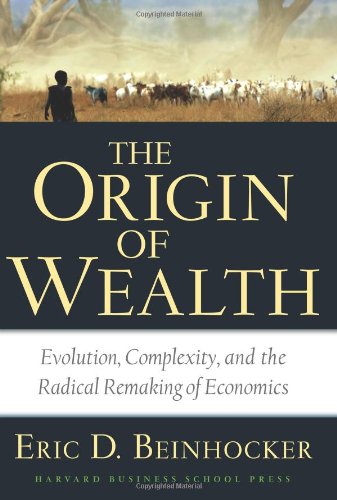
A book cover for Origin of Wealth: Evolution, Complexity, and the Radical Remaking of Economics; Eric D. Beinhocker; Business & Money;